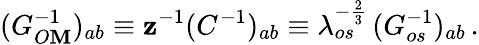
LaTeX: (G_{O\mathbf{M}}^{-1})_{ab}\equiv\mathbf{z}^{-1}(C^{-1})_{ab}\equiv\lambda_{os}^{-{\frac{{2}}{{3}}}}\, (G_{os}^{-1})_{ab}\, .